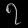
Digit: ၇